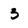
Character: 3